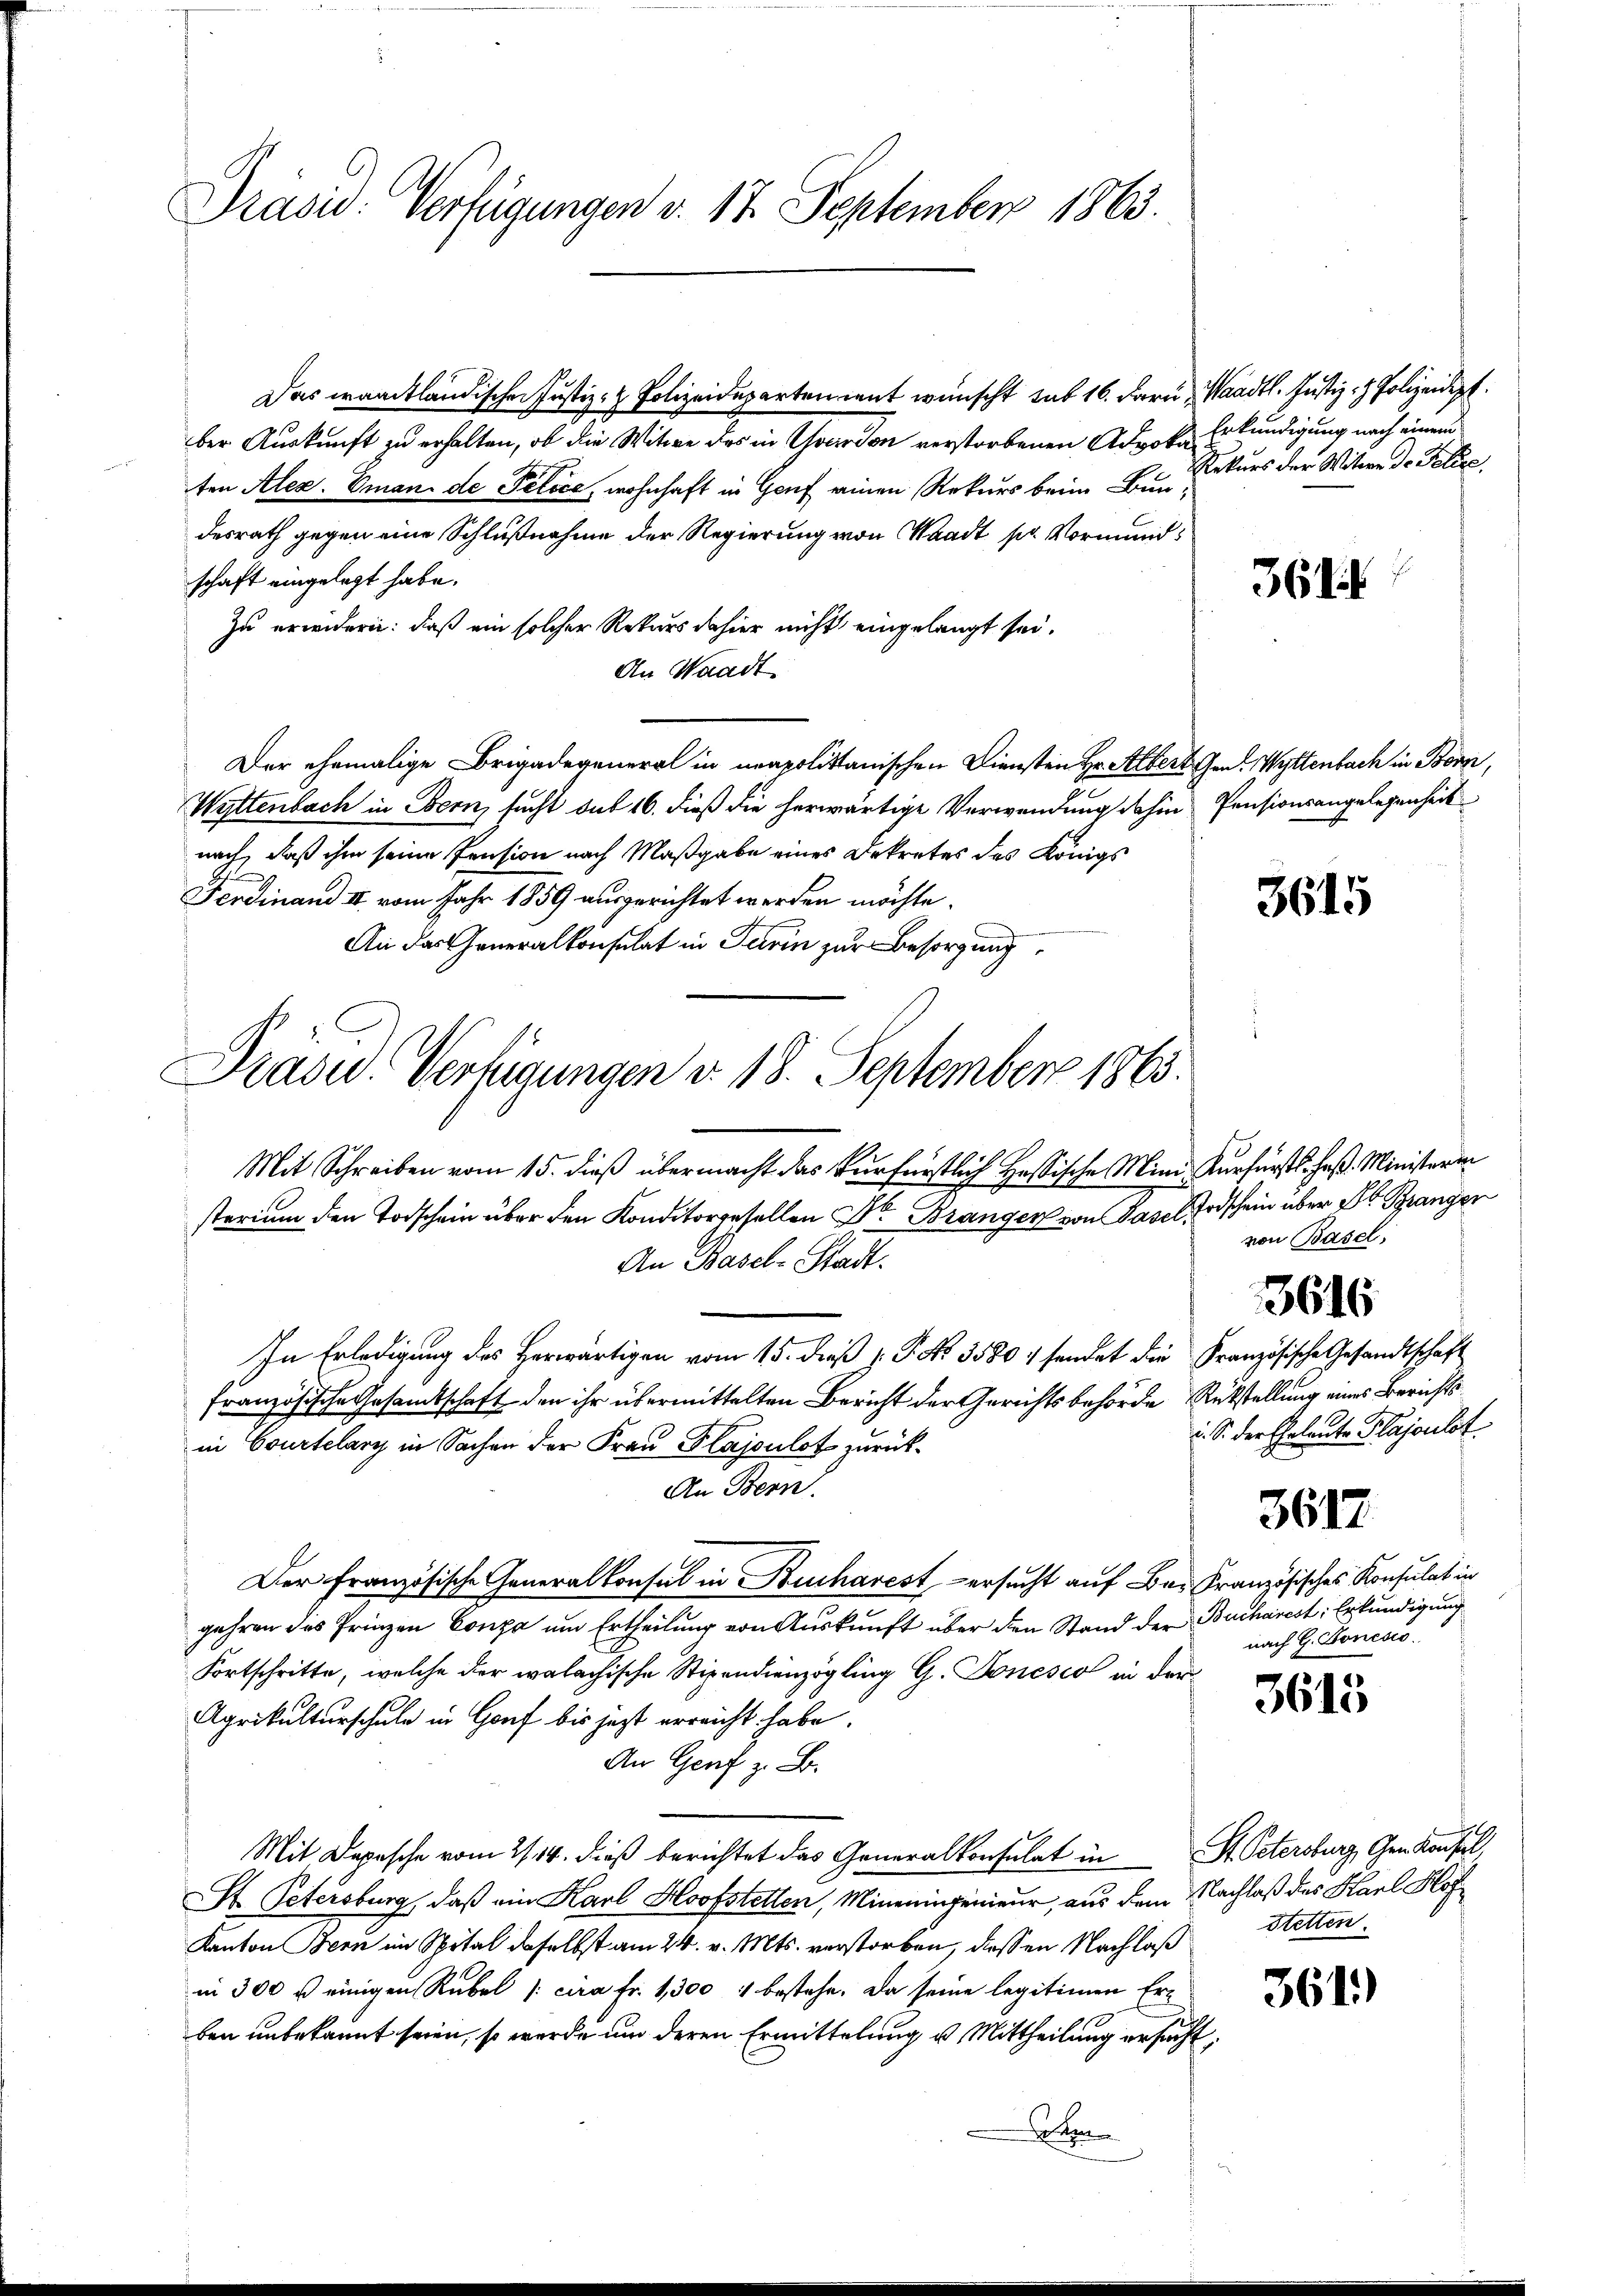
Präsid. Verfügungen d. 17. September 1863.

Drasid. Verfügungen d. 18. September 1863.

Das waadtländischen Justiz- & Polizeidepartement wünscht sub 16. Daru, Waadt. Justiz- & Polizeidigt.
ber Auskunft zu erhalten, ob die Witwe des in Cordon verstorbenen Advoke Erkundigung nach einem
ten Alex. Eman de Pelice, wohnhaft in Genf einen Rekurs beim Bundesrath gegen eine Schlußnahme der Regierung von Waadt pr. Vormunds
schaft eingelegt habe.
zu erwidern: daß ein solcher Rekurs dahier nicht eingelangt sei.
An Waadt.
Der ehemalige Brigadegeneral in neapolistanischen Diensten Hr. Albert Gen. Wettenbach in Bern,
Wyttenbach in Bern sucht sub 16. dieß die herwärtige Verwendung dahin Pensionsangelegenheit
nach, daß ihm seine Pension nach Maßgabe eines Dekretes des Königs
A
Ferdinand II vom Jahr 1859 ausgerichtet werden möchte.
An das Generalkonsulat in Turin zur Besorgung,
Mit Schreiben vom 15. dieß übermacht das Kurfürstlich Hassische Mini-Kurfürsts-Heß. Ministerin
sterium den Todschein über den Konditorgesellen Dr. Branger von Basel frischein über der Pranger
An Basel-Stadt.
In Erledigung des Herwärtigen vom 15. dieß P. No. 3580 sendet die Französische Gesandtschaft
französische Gesamtschaft den ihr übermittelten Bericht der Gerichtsbehörde Rückstellung eines Berichts
in Courtelary in Sachen der Frau Plajoulot zurück¬
An Bern.
u
Der französische Generalkonsul in Bucharest - ersucht auf der Französisches Konsulat in
gehren des Prinzen Conza um Ertheilung von Auskunft über den Stand der Bucharest, Erkundigung
Fortschritte, welche der walachische Stipendienzögling G. Tonesco in der
Agrikulturschule in Genf bis jezt erreicht habe.
An Genf z. B.
Mit Depesche vom 2/14. dieß berichtet das Generalkonsulat in
St. Petersburg, daß ein Karl Hoofstetten, Mineningenieur, aus dem Nachlaß des Karl Hof
Kanton Bern im Spital daselbst am 24. v. Mts. verstorben, diessen Nachlaß
in 300 f einigen Rubel (cira Fr. 1300 4 bestehe. Da seine legitimen Erben unbekannt seien, so werde um deren Ermittelung u. Mittheilung ersucht,
Cohen

Rekurs der Witwe der Felix

361

3615

von Basel:

3616

. S. der Eheleute Plajoulot

3617

nach G. Tonesco

3615

St. Petersburg, Gen Kaufel,
Stetten.

361.)